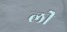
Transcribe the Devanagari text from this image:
लीे